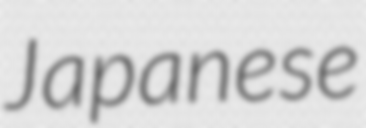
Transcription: Japanese